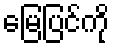
မြေပြင်ကို